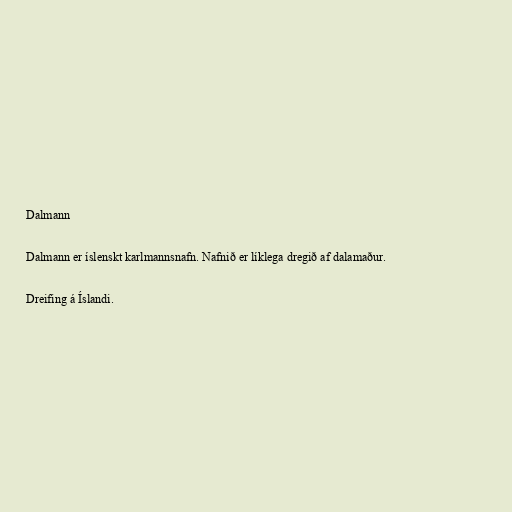
Dalmann

Dalmann er íslenskt karlmannsnafn. Nafnið er líklega dregið af dalamaður.

Dreifing á Íslandi.